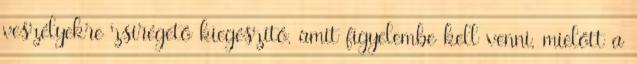
veszélyekre zsírégető kiegészítő, amit figyelembe kell venni, mielőtt a